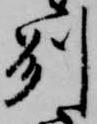
州